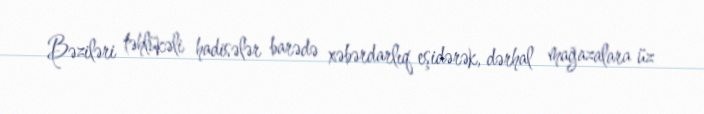
Bəziləri təhlükəli hadisələr barədə xəbərdarlıq eşidərək, dərhal mağazalara üz